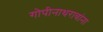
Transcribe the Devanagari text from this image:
गोपीनाथरावांना